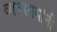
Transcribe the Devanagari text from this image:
व्यवसायांनी